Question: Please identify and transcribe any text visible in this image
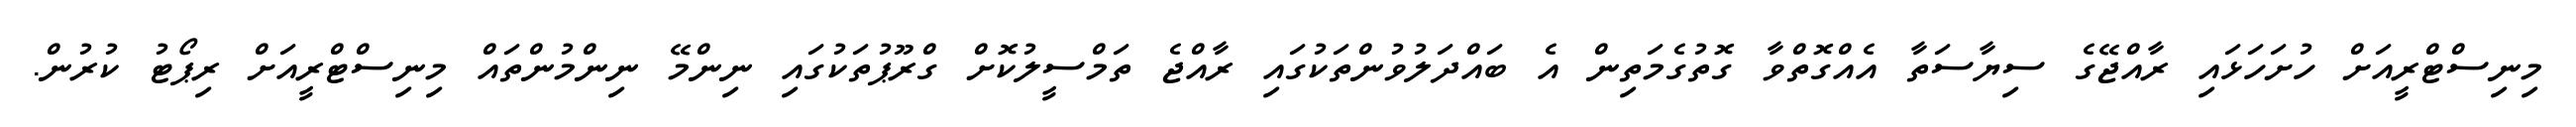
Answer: މިނިސްޓްރީއަށް ހުށަހަޅައި ރާއްޖޭގެ ސިޔާސަތާ އެއްގޮތްވާ ގޮތުގެމަތިން އެ ބައްދަލުވުންތަކުގައި ރާއްޖެ ތަމްސީލުކޮށް ގްރޫޕުތަކުގައި ނިންމޭ ނިންމުންތައް މިނިސްޓްރީއަށް ރިޕޯޓު ކުރުން.